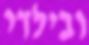
ובילדי